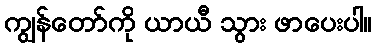
ကျွန်တော်ကို ယာယီ သွား ဖာပေးပါ။